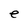
Character: e